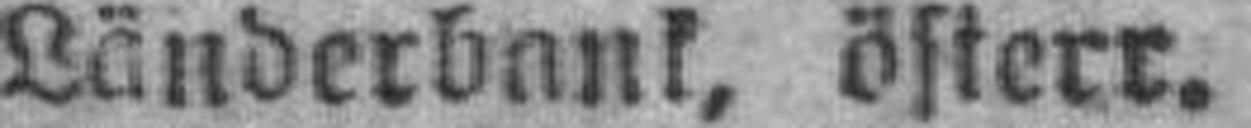
Länderbank, österr.